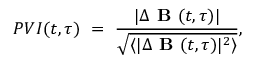
P V I ( t , \tau ) \ = \ \frac { | \Delta \textbf { B } ( t , \tau ) | } { \sqrt { \langle | \Delta \textbf { B } ( t , \tau ) | ^ { 2 } \rangle } } ,